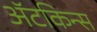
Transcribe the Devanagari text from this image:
अॅटकिन्स